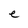
Character: e